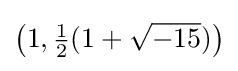
\left(1,{\tfrac {1}{2}}(1+{\sqrt {-15}})\right)